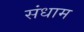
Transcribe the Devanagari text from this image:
संधाम